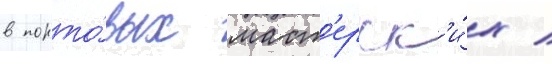
в порто́вых маст'ерск'и́х /